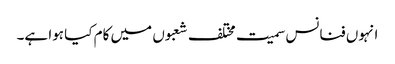
انہوں فنانس سمیت مختلف شعبوں میں کام کیا ہوا ہے۔